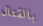
بالقتال